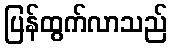
ပြန်ထွက်လာသည်